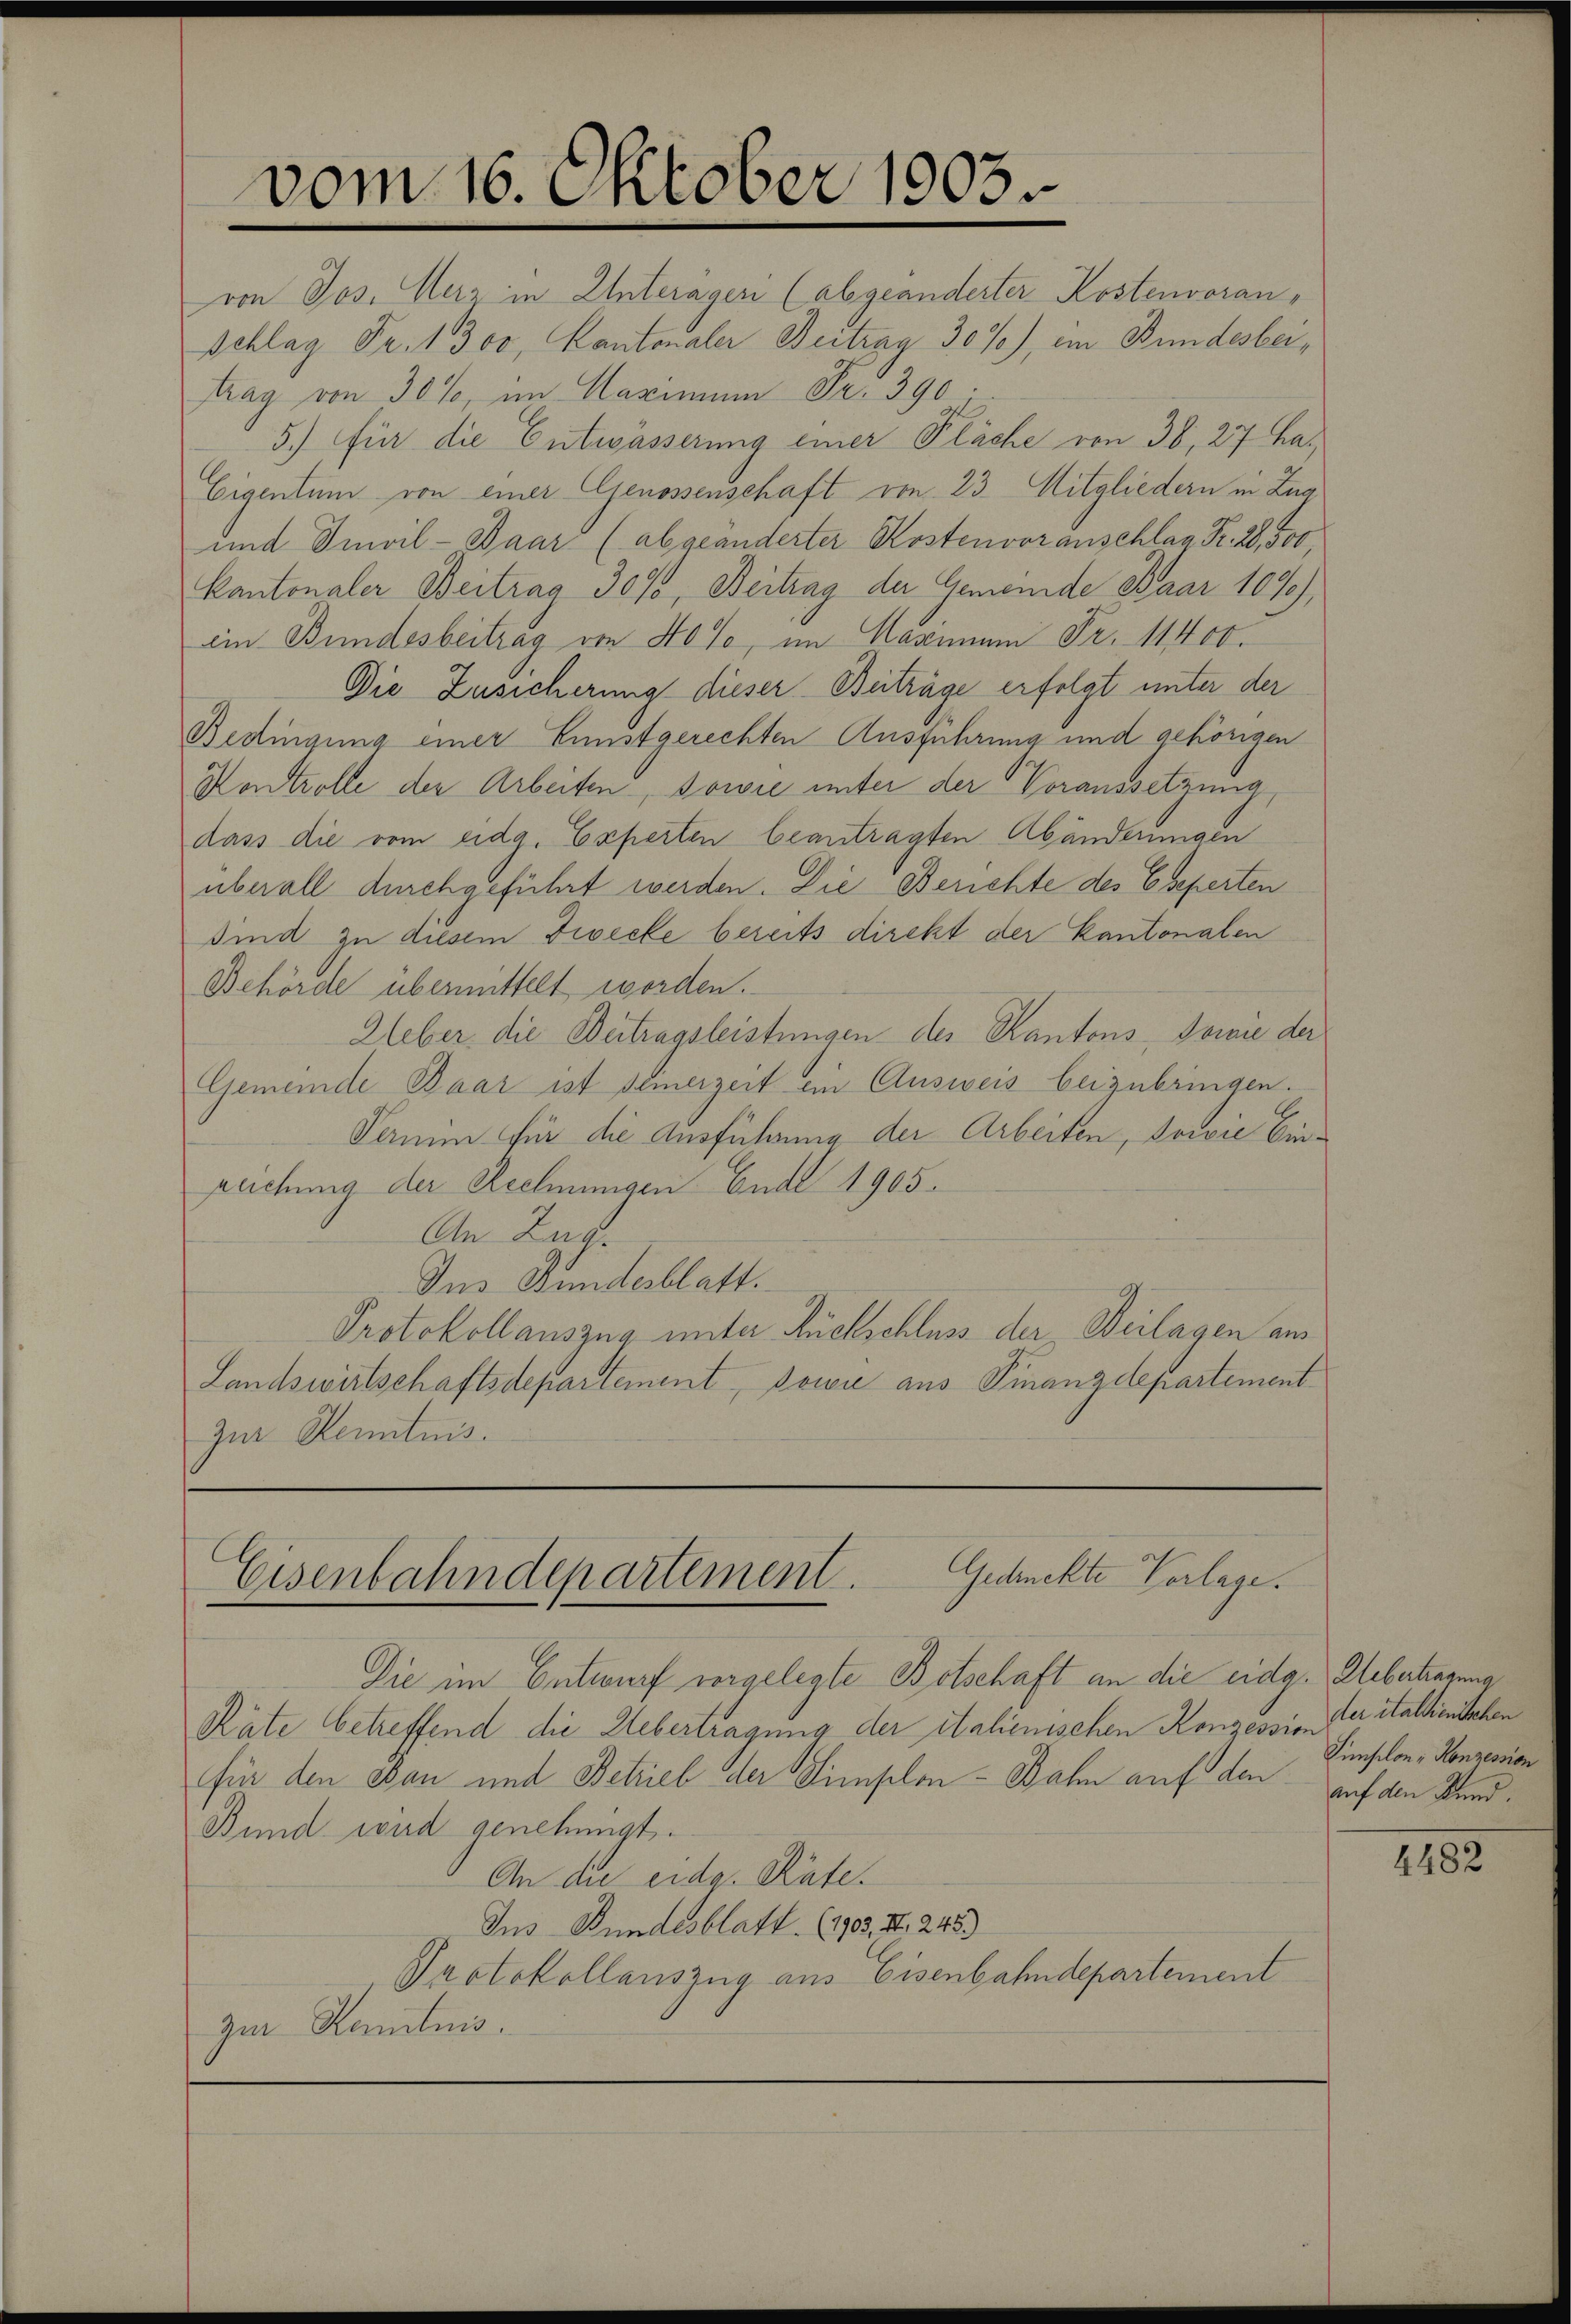
vom 16. Oktober 1903.

Schlag Fr. 1300, Kantonaler Beitrag 30%), im Bundesbeitrag von 30%, im Maximum Fr. 390.
5.) Für die Entwässerung einer Pläche von 38, 27 ha¬
Eigentum von einer Genossenschaft von 23. Mitgliedern in Zug
und Imvil - Paar (abgeänderter Kostenvoranschlag Fr. 28, 500
Kantonaler Beitrag 3090, Beitrag der Gemeinde Baar 107),
ein Bundesbeitrag von 40%, im Mannen Fr. 11400.
Die Zusicherung dieser Beiträge erfolgt unter der
Bedingung einer Gunstgerechten Ausführung und gehörigen
Kontrolle der Arbeiten, sowie unter der Voraussetzung
dass die vom eidg. Experten beantragten Abänderungen
überall durchgeführt werden. Die Berichte des Eseperten
sind zu diesem Zwecke bereits direkt der Kantonalen
Behörde übermittelt worden.
Ueber die Beitragsleistungen des Kantons Sowie der
Gemeinde Baar ist seinerzeit ein Ausweis beizubringen.
Termin für die Ausführung der Arbeiten, sowie Einzeichung der Rechnungen Ende 1905.
An Zug.
Ius Bundesblatt.
Protokollauszug unter Rückschluss der Beilagen am
Landswirtschaftsdepartement, sowie aus Finanzdepartement
zur Kenntnis.

Gedanckte Verlage.
Eisenbahndepartement.

Die im Entwurf vorgelegte Botschaft an die eidg. Uebertragung
Räte betreffend die Uebertragung der italienischen Konzession der italienischen
für den Bau und Betrieb der Simplon - Bahn auf den auf den Kund¬
Bund wird genehmigt.
An die eidg. Rate.
Ins Bundesblatt. (1903. II. 245)
Protokollauszug aus Eisenbahndepartement
zur Kenntnis.

von Jos. Merz in Unterägeri (abgeänderter Kostenvoran¬

Simplon - Konzession

4482